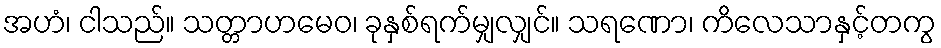
အဟံ၊ ငါသည်။ သတ္တာဟမေဝ၊ ခုနှစ်ရက်မျှလျှင်။ သရဏော၊ ကိလေသာနှင့်တကွ